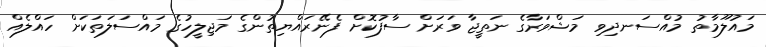
މައުލޫމާތު މުއްސަނދިވި މަޝްވަރާގެ ނަތީޖާ ވަރަށް ސާފުކޮށް ފެނޭރައްޔިތުންގެ މަޖިލީހުގެ މައްސަލަތަކަށް ހައްލެއް